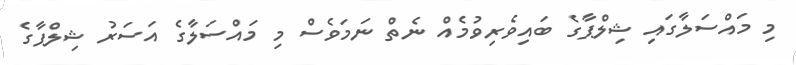
މި މައްސަލާގައި ޝިލްޕާގެ ބައިވެރިވުމެއް ނެތް ނަމަވެސް މި މައްސަލާގެ އަސަރު ޝިލްޕާގެ